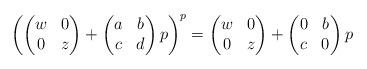
LaTeX: \begin{align*}\left( \begin{pmatrix} w & 0 \\ 0 & z \end{pmatrix} + \begin{pmatrix} a & b \\ c & d \end{pmatrix} p \right)^{p} = \begin{pmatrix} w & 0 \\ 0 & z \end{pmatrix} + \begin{pmatrix} 0 & b \\ c & 0 \end{pmatrix} p\end{align*}